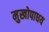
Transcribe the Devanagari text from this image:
मुखोपाधय